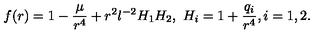
f ( r ) = 1 - \frac { \mu } { r ^ { 4 } } + r ^ { 2 } l ^ { - 2 } H _ { 1 } H _ { 2 } , \ H _ { i } = 1 + \frac { q _ { i } } { r ^ { 4 } } , i = 1 , 2 .